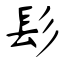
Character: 髟